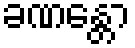
ခဏန္တော